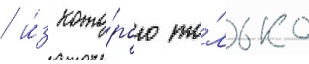
/ и́з кото́рого то́лько